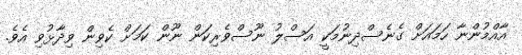
އާއްމުންނާ ހަމައަށް ގެނެސްދިނުމަކީ އަސްލު ނޫސްވެރިކަން ނޫން ކަމަށް ކެވިން ވިދާޅުވި އެވެ.